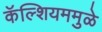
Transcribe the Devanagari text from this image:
कॅल्शियममुळे